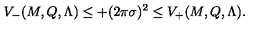
V _ { - } ( M , Q , \Lambda ) \leq + ( 2 \pi \sigma ) ^ { 2 } \leq V _ { + } ( M , Q , \Lambda ) .